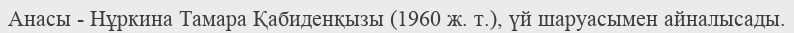
Анасы - Нұркина Тамара Қабиденқызы (1960 ж. т.), үй шаруасымен айналысады.